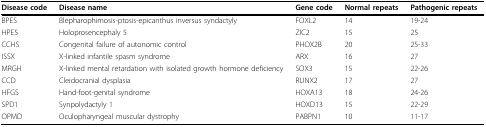
<table><thead><tr><td><b>Disease code</b></td><td><b>Disease name</b></td><td><b>Gene code</b></td><td><b>Normal repeats</b></td><td><b>Pathogenic repeats</b></td></tr></thead><tbody><tr><td>BPES</td><td>Blepharophimosis-ptosis-epicanthus inversus syndactyly</td><td>FOXL2</td><td>14</td><td>19-24</td></tr><tr><td>HPE5</td><td>Holoprosencephaly 5</td><td>ZIC2</td><td>15</td><td>25</td></tr><tr><td>CCHS</td><td>Congenital failure of autonomic control</td><td>PHOX2B</td><td>20</td><td>25-33</td></tr><tr><td>ISSX</td><td>X-linked infantile spasm syndrome</td><td>ARX</td><td>16</td><td>27</td></tr><tr><td>MRGH</td><td>X-linked mental retardation with isolated growth hormone deficiency</td><td>SOX3</td><td>15</td><td>22-26</td></tr><tr><td>CCD</td><td>Cleidocranial dysplasia</td><td>RUNX2</td><td>17</td><td>27</td></tr><tr><td>HFGS</td><td>Hand-foot-genital syndrome</td><td>HOXA13</td><td>18</td><td>24-26</td></tr><tr><td>SPD1</td><td>Synpolydactyly 1</td><td>HOXD13</td><td>15</td><td>22-29</td></tr><tr><td>OPMD</td><td>Oculopharyngeal muscular dystrophy</td><td>PABPN1</td><td>10</td><td>11-17</td></tr></tbody></table>